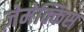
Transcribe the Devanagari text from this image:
ज़ेमेक्किस